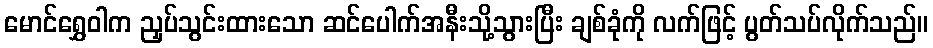
မောင်ရွှေဝါက ညှပ်သွင်းထားသော ဆင်ပေါက်အနီးသို့သွားပြီး ချစ်ခုံကို လက်ဖြင့် ပွတ်သပ်လိုက်သည်။